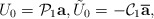
\begin{align*}U_0=\mathcal P_1\mbox{\bf a},\tilde U_0=-\mathcal C_1\overline{\mbox{\bf a}},\end{align*}